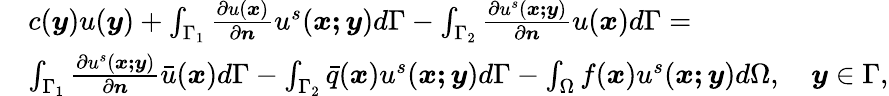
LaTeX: \begin{array}{rl}&{c(\boldsymbol{y})u(\boldsymbol{y})+\int_{\Gamma_{1}}\frac{\partial u(\boldsymbol{x})}{\partial\boldsymbol{n}}u^{s}(\boldsymbol{x;y})d\Gamma-\int_{\Gamma_{2}}\frac{\partial u^{s}(\boldsymbol{x;y})}{\partial\boldsymbol{n}}u(\boldsymbol{x})d\Gamma=}\\ &{\int_{\Gamma_{1}}\frac{\partial u^{s}(\boldsymbol{x;y})}{\partial\boldsymbol{n}}\bar{u}(\boldsymbol{x})d\Gamma-\int_{\Gamma_{2}}\bar{q}(\boldsymbol{x})u^{s}(\boldsymbol{x;y})d\Gamma-\int_{\Omega}f(\boldsymbol{x})u^{s}(\boldsymbol{x;y})d\Omega,\quad\boldsymbol{y}\in\Gamma,}\end{array}